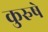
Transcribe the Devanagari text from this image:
कुरुषे